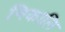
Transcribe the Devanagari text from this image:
निकालि